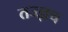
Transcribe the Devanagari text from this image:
तज्ज्ञच